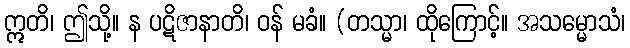
ဣတိ၊ ဤသို့။ န ပဋိဇာနာတိ၊ ဝန် မခံ။ (တသ္မာ၊ ထိုကြောင့်။ အသမ္မောသံ၊